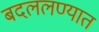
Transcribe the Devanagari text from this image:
बदललण्यात